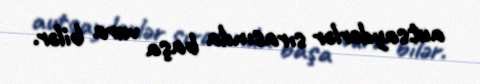
autsayderlər sırasında başa vura bilər.